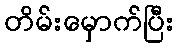
တိမ်းမှောက်ပြီး